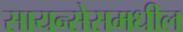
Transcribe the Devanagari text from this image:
सायन्सेसमधील